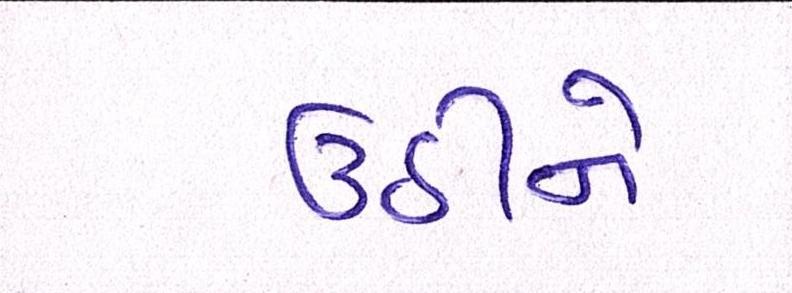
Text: ઉઠીને